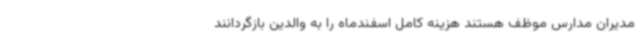
مدیران مدارس موظف هستند هزینه کامل اسفندماه را به والدین بازگردانند